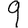
Digit: 9